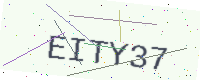
Text: EITY37